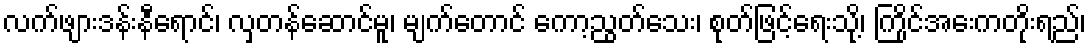
လက်ဖျားဒန်းနီရောင်၊ လှတန်ဆောင်မူ၊ မျက်တောင် ကော့ညွတ်သေး၊ စုတ်ဖြင့်ရေးသို့၊ ကြိုင်အေးကတိုးရည်၊